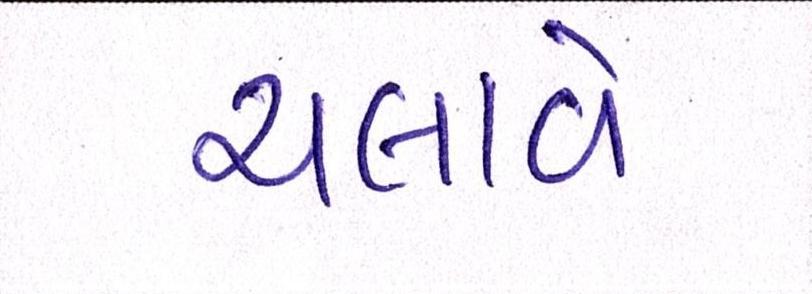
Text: ચલાવે